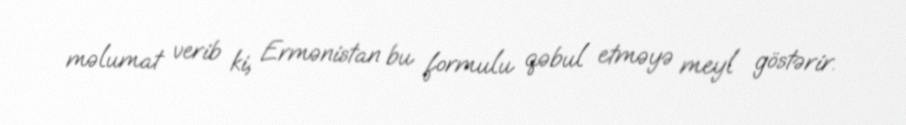
məlumat verib ki, Ermənistan bu formulu qəbul etməyə meyl göstərir.